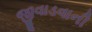
જીવાડવાની